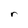
Character: r